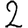
Digit: 2